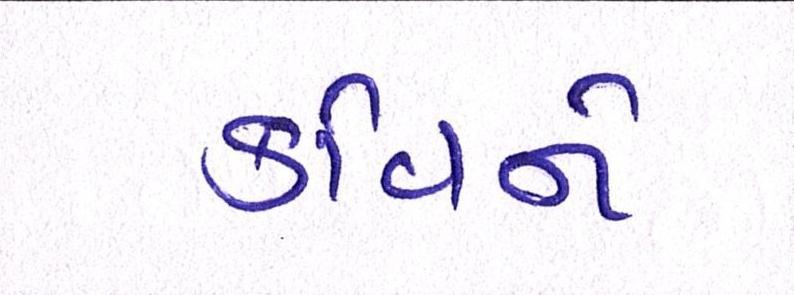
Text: કવિને